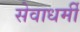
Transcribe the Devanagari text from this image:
सेवाधर्मी